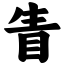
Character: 眚